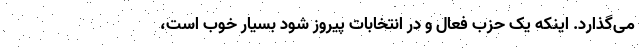
می‌گذارد. اینکه یک حزب فعال و در انتخابات پیروز شود بسیار خوب است،